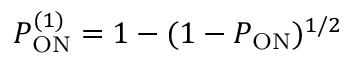
P _ { \mathrm { O N } } ^ { ( 1 ) } = 1 - ( 1 - P _ { \mathrm { O N } } ) ^ { 1 / 2 }